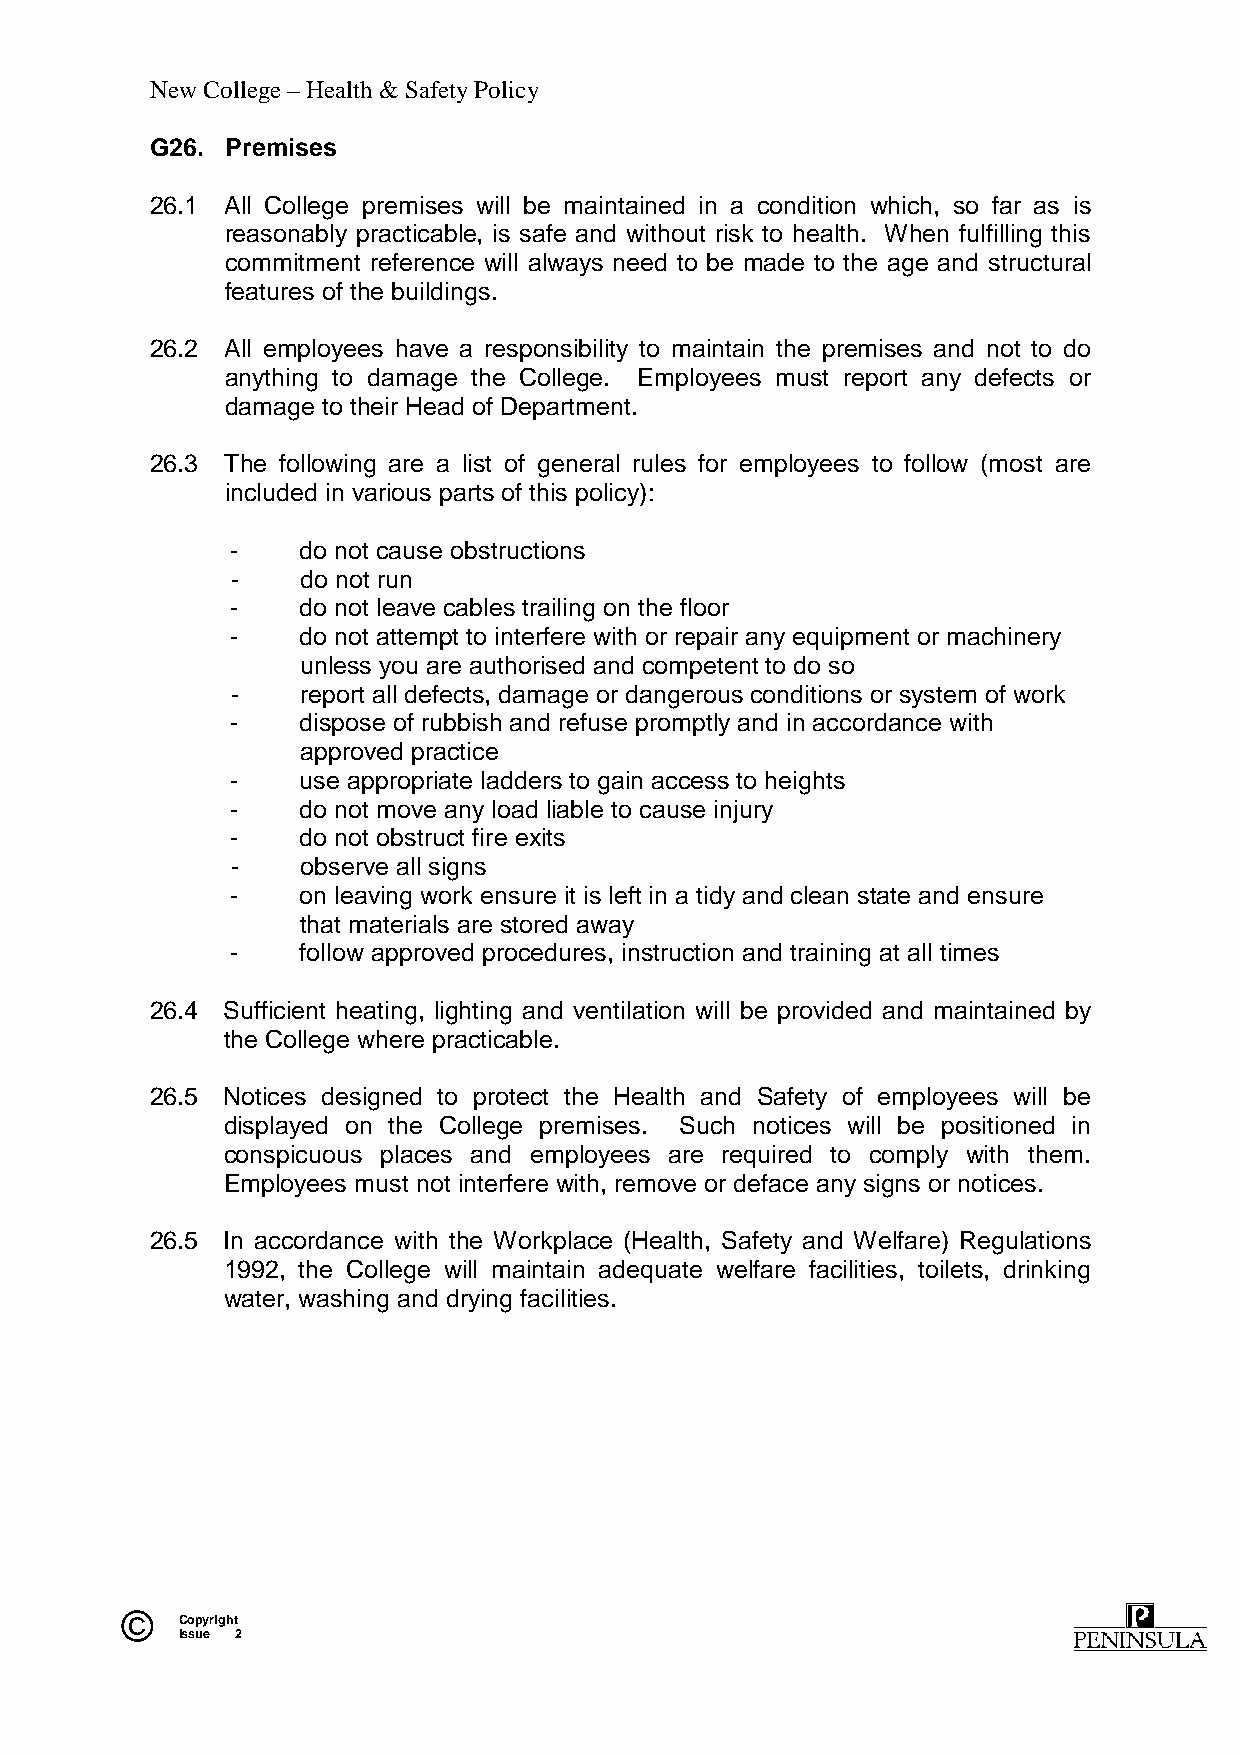
New College – Health & Safety Policy
 G26. Premises
 26.1 All College premises will be maintained in a condition which, so far as is
 reasonably practicable, is safe and without risk to health. When fulfilling this
 commitment reference will always need to be made to the age and structural
 features of the buildings.
 26.2 All employees have a responsibility to maintain the premises and not to do
 anything to damage the College. Employees must report any defects or
 damage to their Head of Department.
 26.3 The following are a list of general rules for employees to follow (most are
 included in various parts of this policy):
 -    do not cause obstructions
 -    do not run
 -    do not leave cables trailing on the floor
 -    do not attempt to interfere with or repair any equipment or machinery
 unless you are authorised and competent to do so
 -    report all defects, damage or dangerous conditions or system of work
 -    dispose of rubbish and refuse promptly and in accordance with
 approved practice
 -    use appropriate ladders to gain access to heights
 -    do not move any load liable to cause injury
 -    do not obstruct fire exits
 -    observe all signs
 -    on leaving work ensure it is left in a tidy and clean state and ensure
 that materials are stored away
 -    follow approved procedures, instruction and training at all times
 26.4 Sufficient heating, lighting and ventilation will be provided and maintained by
 the College where practicable.
 26.5 Notices designed to protect the Health and Safety of employees will be
 displayed on the College premises. Such notices will be positioned in
 conspicuous places and employees are required to comply with them.
 Employees must not interfere with, remove or deface any signs or notices.
 26.5 In accordance with the Workplace (Health, Safety and Welfare) Regulations
 1992, the College will maintain adequate welfare facilities, toilets, drinking
 water, washing and drying facilities.
 ©   Copyright
 Issue 2